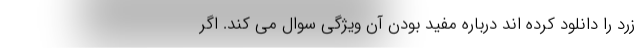
زرد را دانلود کرده اند درباره مفید بودن آن ویژگی سوال می کند. اگر